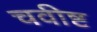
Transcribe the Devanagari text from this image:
चवीष्ट